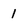
Character: 1